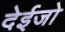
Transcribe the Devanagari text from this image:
देईजो